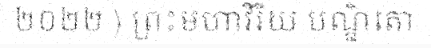
២០២២ ) ព្រះមហាវិរិយ បណ្ឌិតោ